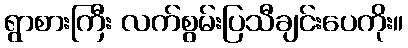
ရွာစားကြီး လက်စွမ်းပြသီချင်းပေကိုး။